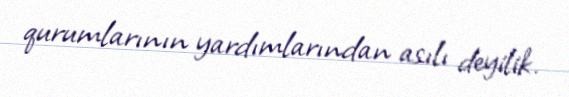
qurumlarının yardımlarından asılı deyilik.